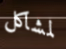
لمشاكل